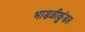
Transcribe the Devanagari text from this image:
भाडळीकुंडल